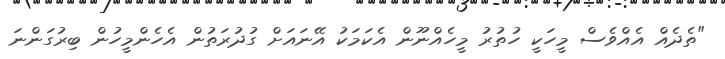
"ތެދެއް އެއްވެސް މީހަކީ ހުތުރު މީހެއްނޫން އެކަމަކު އޭނައަށް ގުދުރަތުން އެހެންމީހުން ބިރުގަންނަ